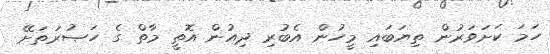
ހަމަ ކަށަވަރުން ތިޔަބައި މީހުން އެބުރި ދިއުން އޮތީ މާތް ގެ ހަޞުރަތަށޭ